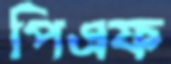
পিএফ